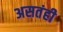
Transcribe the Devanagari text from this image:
असतंही